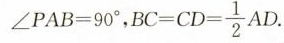
$$∠ P A B = 9 0 °$$，$$B C = C D = \frac { 1 } { 2 } A D$$.